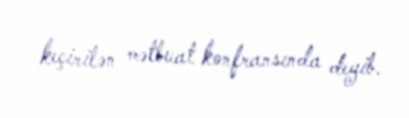
keçirilən mətbuat konfransında deyib.